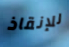
للإنقاذ